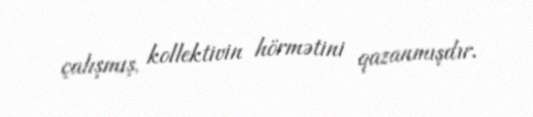
çalışmış, kollektivin hörmətini qazanmışdır.